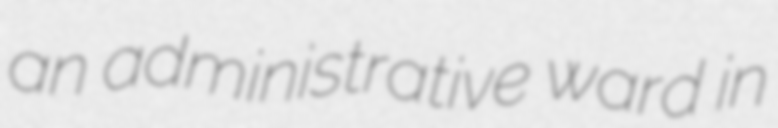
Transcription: an administrative ward in